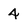
Character: 4